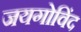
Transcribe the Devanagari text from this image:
जयगोविंद